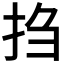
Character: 𫼝